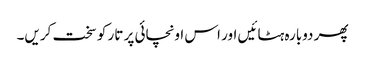
پھر دوبارہ ہٹائیں اور اس اونچائی پر تار کو سخت کریں۔